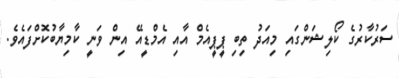
ސަރުކާރުގެ ކޯލިޝަންގައި މިއަދު ތިބި ޕީޕީއެމް އާއި އެމްޑީއޭ އިން ވަނީ ކާމިޔާބުކޮށްފައެވެ.